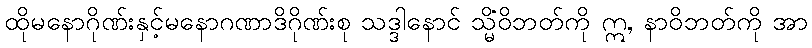
ထိုမနောဂိုဏ်းနှင့်မနောဂဏာဒိဂိုဏ်းစု သဒ္ဒါနောင် သ္မိံဝိဘတ်ကို ဣ, နာဝိဘတ်ကို အာ